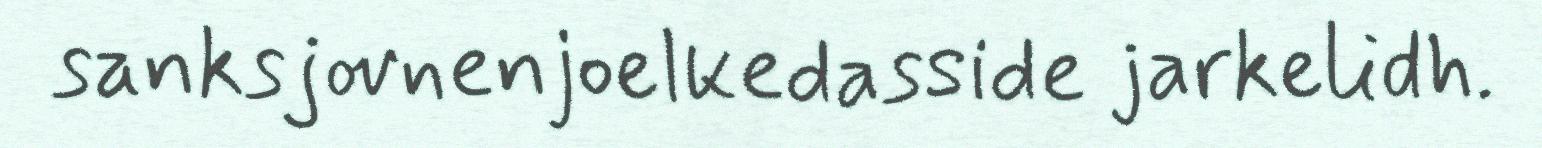
sanksjovnenjoelkedasside jarkelidh.